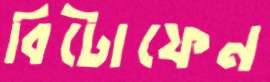
বিটোফেন